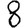
Digit: 8